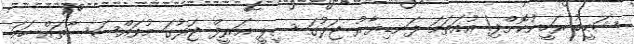
ޝަހީބު ރަހީނުކޮށްފި! އުއަތަމަ ފަނޑިޔާރު ޖަލުގަ ސީޕީ ޢަރީފް ޖަލުގަ މުވައްސަސާތައް ހަމަ